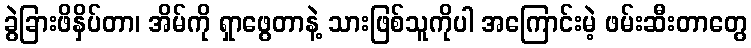
ခွဲခြားဖိနှိပ်တာ၊ အိမ်ကို ရှာဖွေတာနဲ့ သားဖြစ်သူကိုပါ အကြောင်းမဲ့ ဖမ်းဆီးတာတွေ